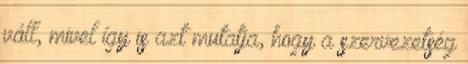
váll, mivel így is azt mutatja, hogy a szervezetség